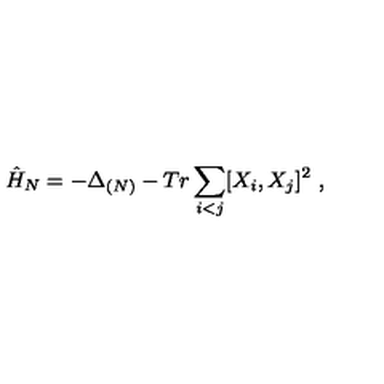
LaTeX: \hat { H } _ { N } = - \Delta _ { ( N ) } - T r \sum _ { i < j } [ X _ { i } , X _ { j } ] ^ { 2 } \ ,